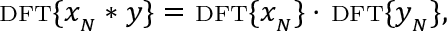
\scriptstyle \mathrm { { D F T } } \displaystyle \{ x _ { _ { N } } * y \} = \ \scriptstyle \mathrm { { D F T } } \displaystyle \{ x _ { _ { N } } \} \cdot \ \scriptstyle \mathrm { { D F T } } \displaystyle \{ y _ { _ { N } } \} ,